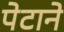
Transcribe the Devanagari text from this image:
पेटाने